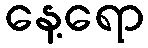
နေ့ရော